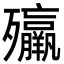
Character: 㱻